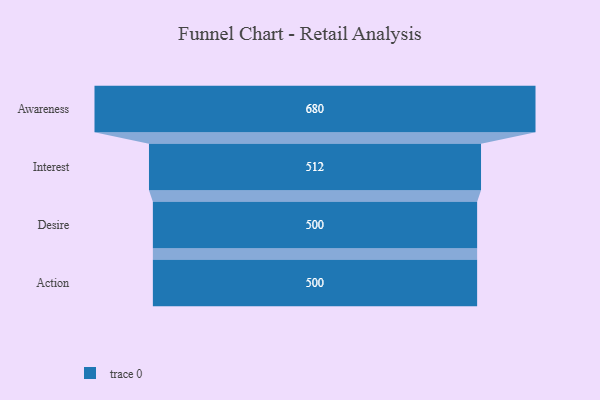
{"axis": {"x": "Stage", "y": "Value"}, "legend": [""], "data": [{"x": "Awareness", "y": 680.0, "type": ""}, {"x": "Interest", "y": 512.0, "type": ""}, {"x": "Desire", "y": 500, "type": ""}, {"x": "Action", "y": 500, "type": ""}]}